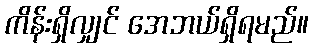
ကိန်းရှိလျှင် အေဘယ်ရှိရမည်။